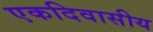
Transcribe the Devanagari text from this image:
एकदिवासीय